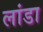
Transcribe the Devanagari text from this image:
लांडा